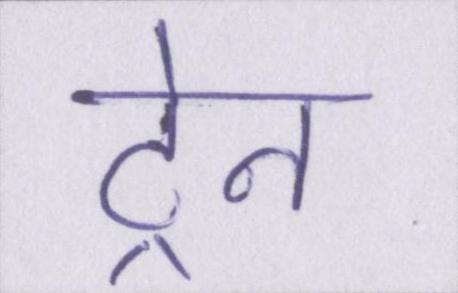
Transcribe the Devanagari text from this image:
ट्रेन